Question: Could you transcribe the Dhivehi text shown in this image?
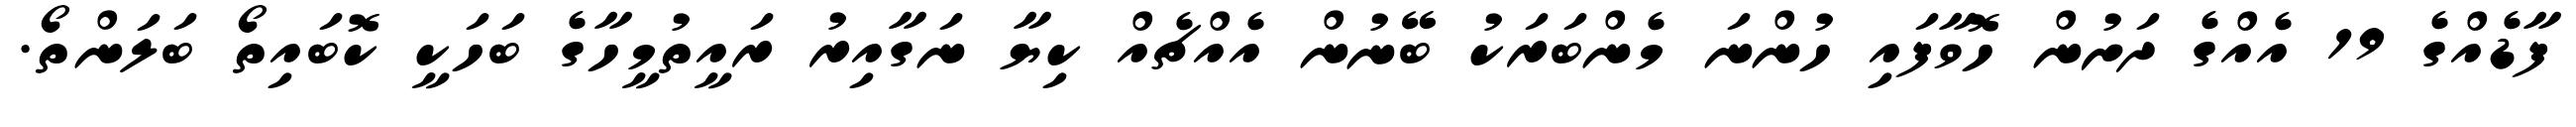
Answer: ފާޑެއްގެ 19 އެއްގެ ދަށުން ހޮވާފައި ހުންނަ މެންބަރަކު ބޭނުން އެއްޗެއް ކިޔާ ނަގާއިރު ރައީތުމީހާގެ ބަހަކީ ކޮބައިތޯ ބަލަންތޯ.